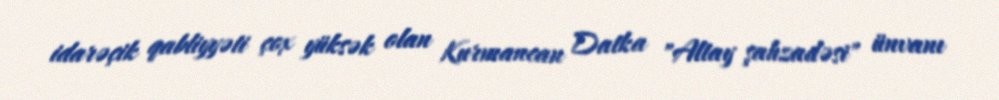
idarəçik qabliyyəti çox yüksək olan Kurmancan Datka "Altay şahzadəsi" ünvanı